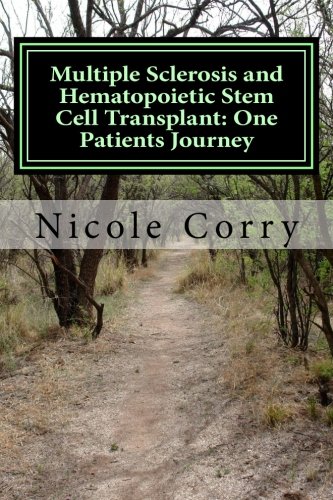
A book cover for Multiple Sclerosis and Hematopoietic Stem Cell Transplant : One Patients Journey; MS Nicole Corry; Health, Fitness & Dieting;